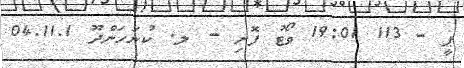
ޕީ - 113 19:01 ވޯޓު ފޮށި - ލ. ކުނަހަންދޫ 04.11.1